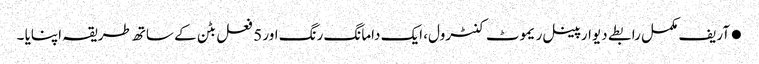
●آریف مکمل رابطے دیوار پینل ریموٹ کنٹرول، ایک دامانگ رنگ اور 5 فعل بٹن کے ساتھ طریقہ اپنایا ۔